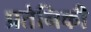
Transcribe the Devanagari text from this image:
प्रतेनिकी